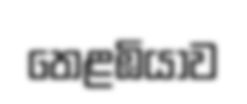
තෙළඹියාව